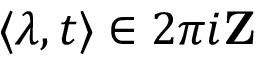
\langle \lambda , t \rangle \in 2 \pi i \mathbf { Z }